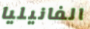
الفانيليا